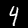
Digit: 4